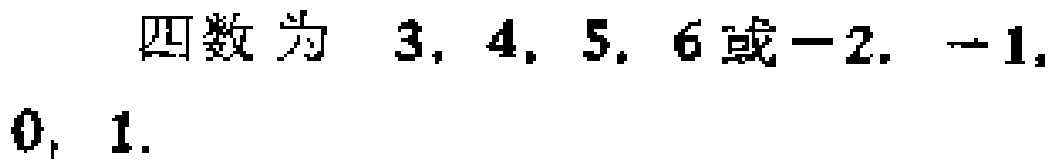
四数为 \(3,4,5,6\)或\(-2,-1,0,1\).